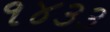
૧૪૩૩